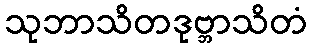
သုဘာသိတဒုဗ္ဘာသိတံ